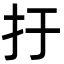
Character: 扜